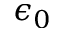
\epsilon _ { 0 }